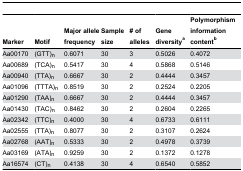
<table><thead><tr><td><b>Marker</b></td><td><b>Motif</b></td><td><b>Major allele frequency</b></td><td><b>Sample size</b></td><td><b># of alleles</b></td><td><b>Gene diversity<sup>a</sup></b></td><td><b>Polymorphism information content<sup>b</sup></b></td></tr></thead><tbody><tr><td>Aa00170</td><td>(GTT)<sub>n</sub></td><td>0.6071</td><td>30</td><td>3</td><td>0.5026</td><td>0.4072</td></tr><tr><td>Aa00689</td><td>(TCA)<sub>n</sub></td><td>0.5417</td><td>30</td><td>4</td><td>0.5868</td><td>0.5146</td></tr><tr><td>Aa00940</td><td>(TTA)<sub>n</sub></td><td>0.6667</td><td>30</td><td>2</td><td>0.4444</td><td>0.3457</td></tr><tr><td>Aa01096</td><td>(TTTA)<sub>n</sub></td><td>0.8519</td><td>30</td><td>2</td><td>0.2524</td><td>0.2205</td></tr><tr><td>Aa01290</td><td>(TAA)<sub>n</sub></td><td>0.6667</td><td>30</td><td>2</td><td>0.4444</td><td>0.3457</td></tr><tr><td>Aa01430</td><td>(TAC)<sub>n</sub></td><td>0.8462</td><td>30</td><td>2</td><td>0.2604</td><td>0.2265</td></tr><tr><td>Aa02342</td><td>(TTC)<sub>n</sub></td><td>0.4000</td><td>30</td><td>4</td><td>0.6733</td><td>0.6111</td></tr><tr><td>Aa02555</td><td>(TTA)<sub>n</sub></td><td>0.8077</td><td>30</td><td>2</td><td>0.3107</td><td>0.2624</td></tr><tr><td>Aa02768</td><td>(AAT)<sub>n</sub></td><td>0.5333</td><td>30</td><td>2</td><td>0.4978</td><td>0.3739</td></tr><tr><td>Aa03169</td><td>(ATA)<sub>n</sub></td><td>0.9259</td><td>30</td><td>2</td><td>0.1372</td><td>0.1278</td></tr><tr><td>Aa16574</td><td>(CT)<sub>n</sub></td><td>0.4138</td><td>30</td><td>4</td><td>0.6540</td><td>0.5852</td></tr></tbody></table>